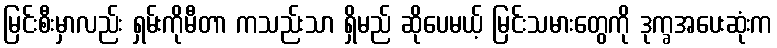
မြင်းစီးမှာလည်း ရှမ်းကိုမီတာ ကသည်းသာ ရှိမည် ဆိုပေမယ့် မြင်းသမားတွေကို ဒုက္ခအပေးဆုံးက